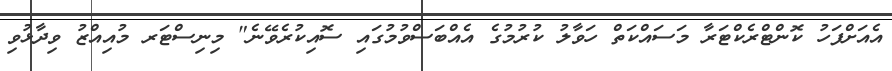
އެއަށްފަހު ކޮންޓްރެކްޓަރާ މަސައްކަތް ހަވާލު ކުރުމުގެ އެއްބަސްވުމުގައި ސޮއިކުރެވޭނެ" މިނިސްޓަރ މުއިއްޒު ވިދާޅުވި